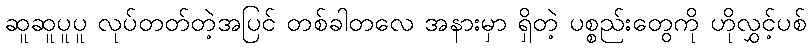
ဆူဆူပူပူ လုပ်တတ်တဲ့အပြင် တစ်ခါတလေ အနားမှာ ရှိတဲ့ ပစ္စည်းတွေကို ဟိုလွှင့်ပစ်